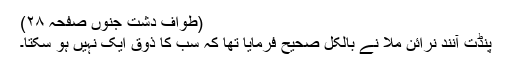
(طوافِ دشتِ جنوں صفحہ ۲۸)
پنڈت آنند نرائن ملّا نے بالکل صحیح فرمایا تھا کہ سب کا ذوق ایک نہیں ہو سکتا۔